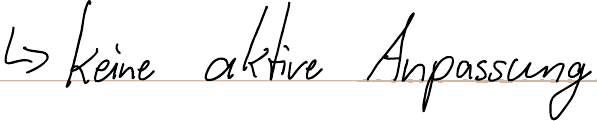
-> keine aktive Anpassung